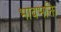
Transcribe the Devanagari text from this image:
भावभक्ति